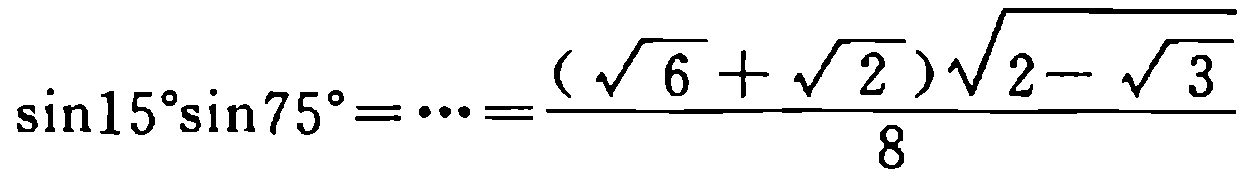
\(\sin15^{\circ}\sin75^{\circ}=\cdots=\frac{(\sqrt{6}+\sqrt{2})\sqrt{2 - \sqrt{3}}}{8}\)